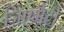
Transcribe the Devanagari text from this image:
जिएमैटी